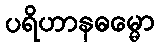
ပရိဟာနဓမ္မော